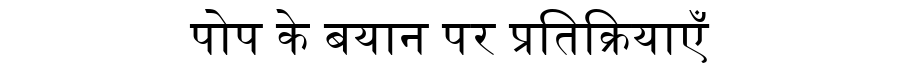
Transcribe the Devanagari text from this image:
पोप के बयान पर प्रतिक्रियाएँ